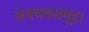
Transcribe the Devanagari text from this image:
अवयवसमूह।